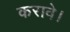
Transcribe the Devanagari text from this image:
करावे।